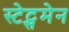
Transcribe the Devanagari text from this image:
स्‍टेट्समेन